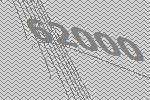
62000